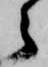
之